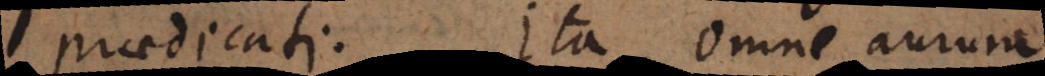
praedicati. Ita omne aurum